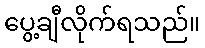
ပွေ့ချီလိုက်ရသည်။